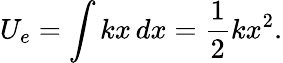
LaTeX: U_{e}=\int{kx}\, dx={\frac{1}{2}}kx^{2}.